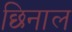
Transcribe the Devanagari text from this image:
छिनाल